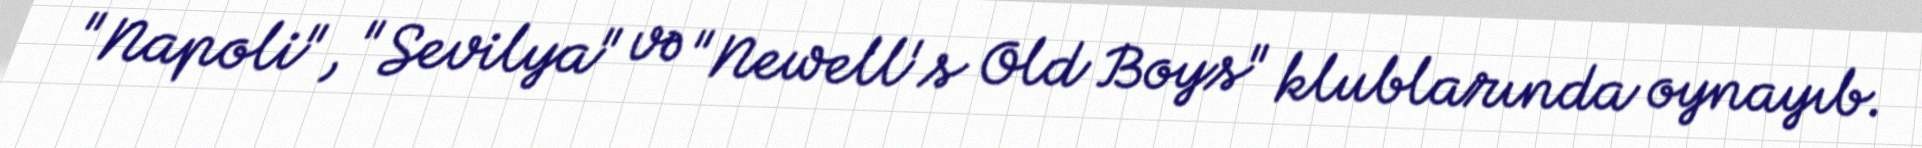
"Napoli", "Sevilya" və "Newell's Old Boys" klublarında oynayıb.